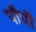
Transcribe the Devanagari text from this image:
पौपौ